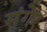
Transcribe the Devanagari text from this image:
संगेर